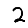
Digit: 2